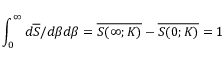
\int _ { 0 } ^ { \infty } d \overline { { S } } / d \beta d \beta = \overline { { S ( \infty ; K ) } } - \overline { { S ( 0 ; K ) } } = 1